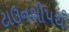
ટાઉનશીપથી